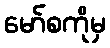
မော်စကိုမှ